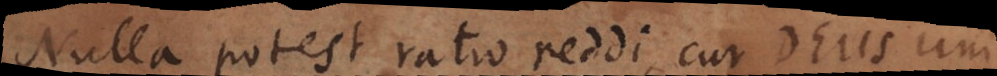
Nulla potest ratio reddi, cur Deus uni